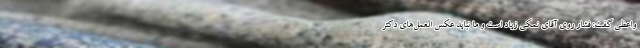
واعظی گفت: فشار روی آقای نمکی زیاد است و ما نباید عکس العمل‌های دکتر